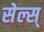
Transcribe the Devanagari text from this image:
सेल्स्